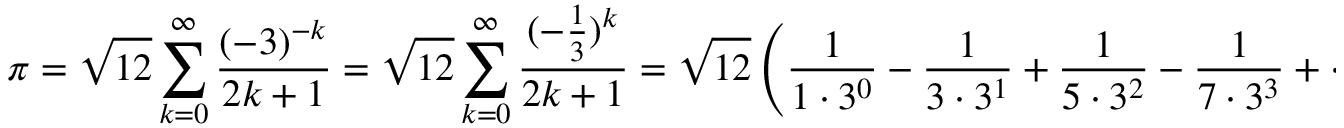
\pi = { \sqrt { 1 2 } } \sum _ { k = 0 } ^ { \infty } { \frac { ( - 3 ) ^ { - k } } { 2 k + 1 } } = { \sqrt { 1 2 } } \sum _ { k = 0 } ^ { \infty } { \frac { ( - { \frac { 1 } { 3 } } ) ^ { k } } { 2 k + 1 } } = { \sqrt { 1 2 } } \left( { \frac { 1 } { 1 \cdot 3 ^ { 0 } } } - { \frac { 1 } { 3 \cdot 3 ^ { 1 } } } + { \frac { 1 } { 5 \cdot 3 ^ { 2 } } } - { \frac { 1 } { 7 \cdot 3 ^ { 3 } } } + \cdots \right)